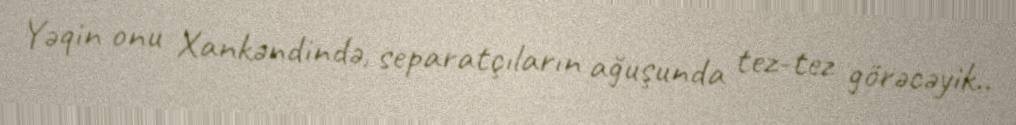
Yəqin onu Xankəndində, separatçıların ağuşunda tez-tez görəcəyik..